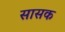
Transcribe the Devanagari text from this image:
सासक